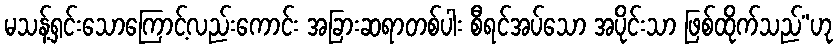
မသန့်ရှင်းသောကြောင့်လည်းကောင်း အခြားဆရာတစ်ပါး စီရင်အပ်သော အပိုင်းသာ ဖြစ်ထိုက်သည်”ဟု